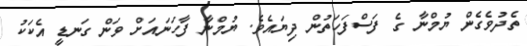
ތެދުވެގެން ޔުމްނާ ގެ ފަސްފަހަތުން ދިޔައެވެ. ޔުމްނާ ފާހަނައަށް ވަން ގަނޑީ އެކަކު